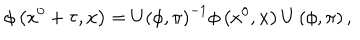
\phi \left( x ^ { 0 } + \tau , { \bf x } \right) = U \left( \phi , \pi \right) ^ { - 1 } \phi \left( x ^ { 0 } , { \bf x } \right) U \left( \phi , \pi \right) ,